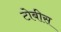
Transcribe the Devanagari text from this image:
टोबीस